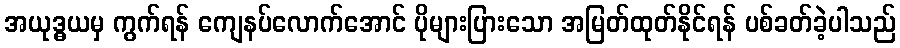
အယုဒ္ဓယမှ ကွက်ရန် ကျေနပ်လောက်အောင် ပိုများပြားသော အမြတ်ထုတ်နိုင်ရန် ပစ်ခတ်ခဲ့ပါသည်